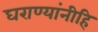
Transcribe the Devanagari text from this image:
घराण्यांनीहि